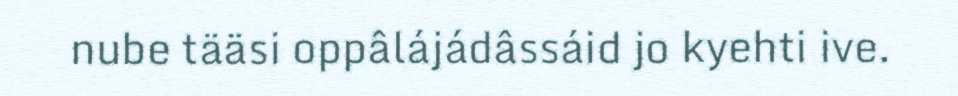
nube tääsi oppâlájádâssáid jo kyehti ive.